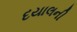
દયાલની